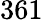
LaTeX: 361